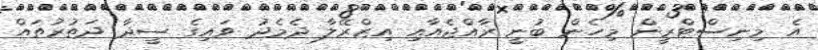
އެ މިނިސްޓްރީން މިހެން ބުނީ ރާއްޖެއާއި އިޒްރޭލާ ދެމެދު ވައިގެ ސީދާ ދަތުރުތައް